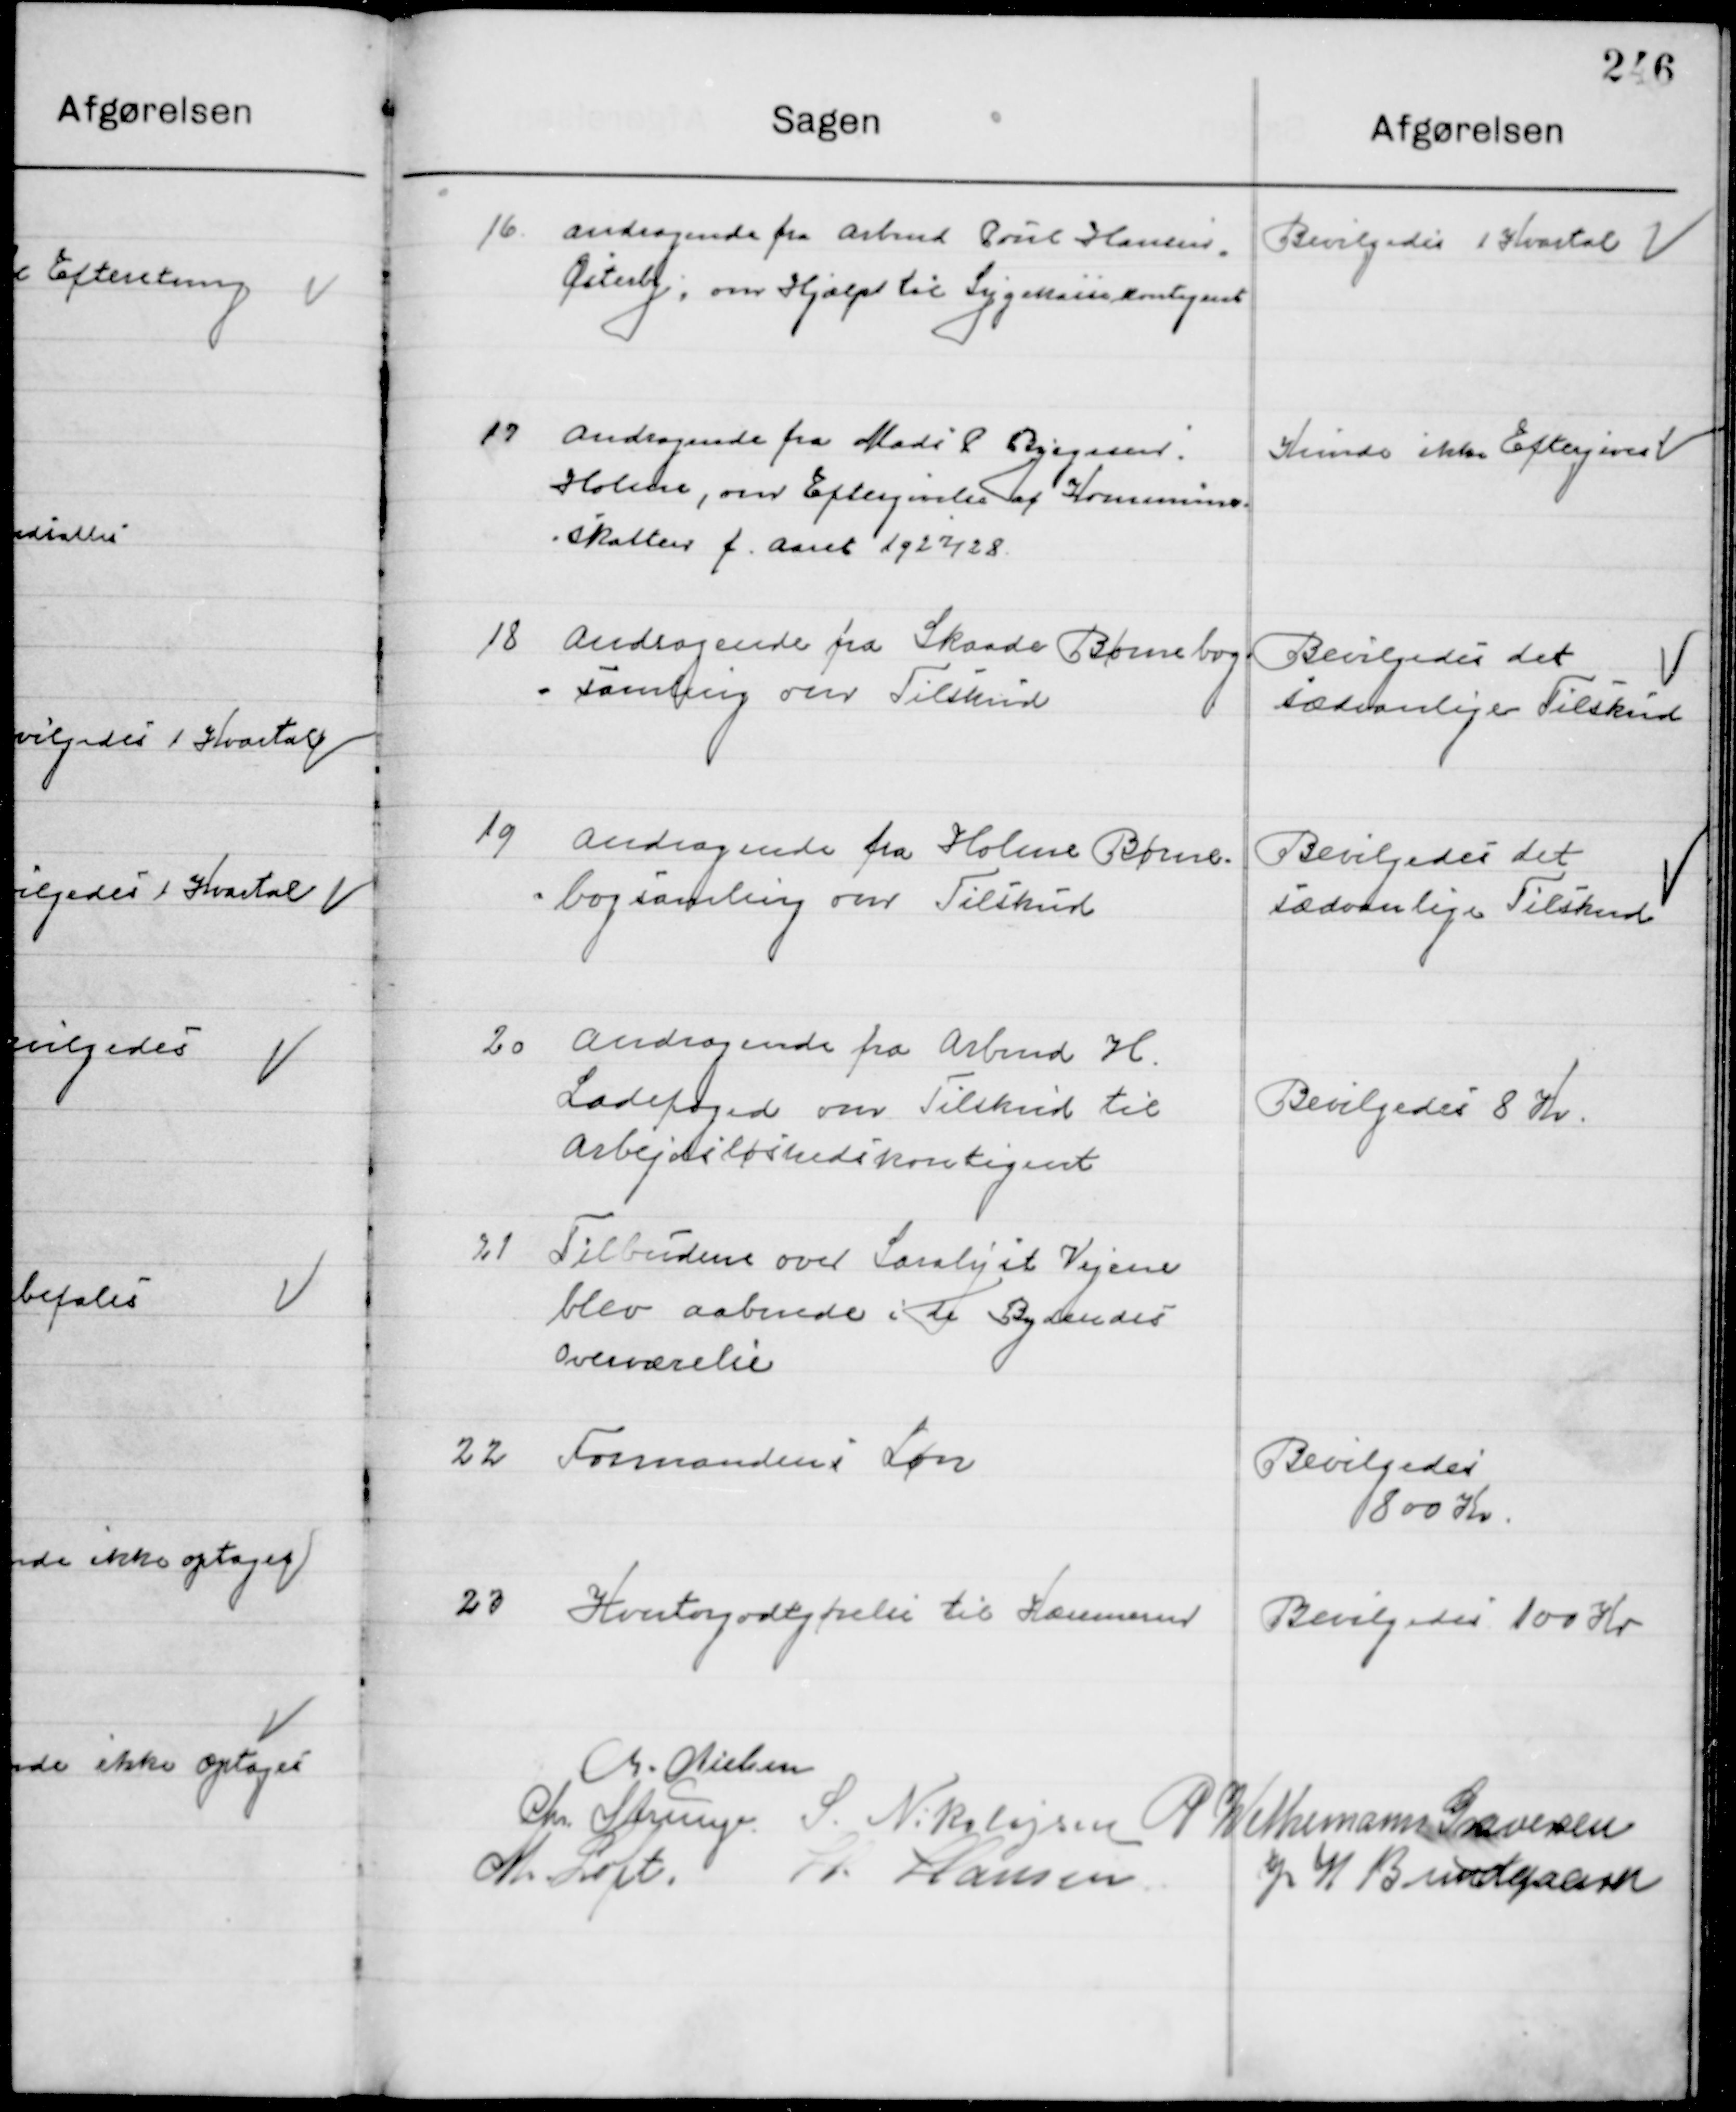
Transskription:
16

Andragende fra Arbmd. Poul Hansen
Østerby, om Hjælp til Sygekassekontingent

Bevilgedes 1 Kvartal

17

Andragende fra Mads P. Rysgaaard
Holme, om Eftergivelse af Kommunens
Skatter f. aaret 1927/28

Kunde ikke Eftergives

18

Andragende fra Skaade Børnebogs 
samling om Tilskud

Bevilgedes det 
Sædvanlige Tilskud

19

Andragende fra Holme Børnebogs 
samling om Tilskud

Bevilgedes det 
Sædvanlige Tilskud

20

Andragende fra Arbmd. H.
Ladefoged om Tilskud til
Arbejdsløshedskontingent

Bevilgedes 8 Kr.

21

Tilbuddene over Saralyst Vejene
blev aabnede i de Bydendes 
overværelse

22

Formandens løn

Bevilgedes 
800 Kr.

23

Kreatorgodtgørelse til Kæmneren

Bevilgedes 100 Kr.

M. Nielsen
Chr. Strunge
N. Nikolajsen
P. Wethemann Graversen
M. Loft
H. Hansen
J. W. Bundgaard